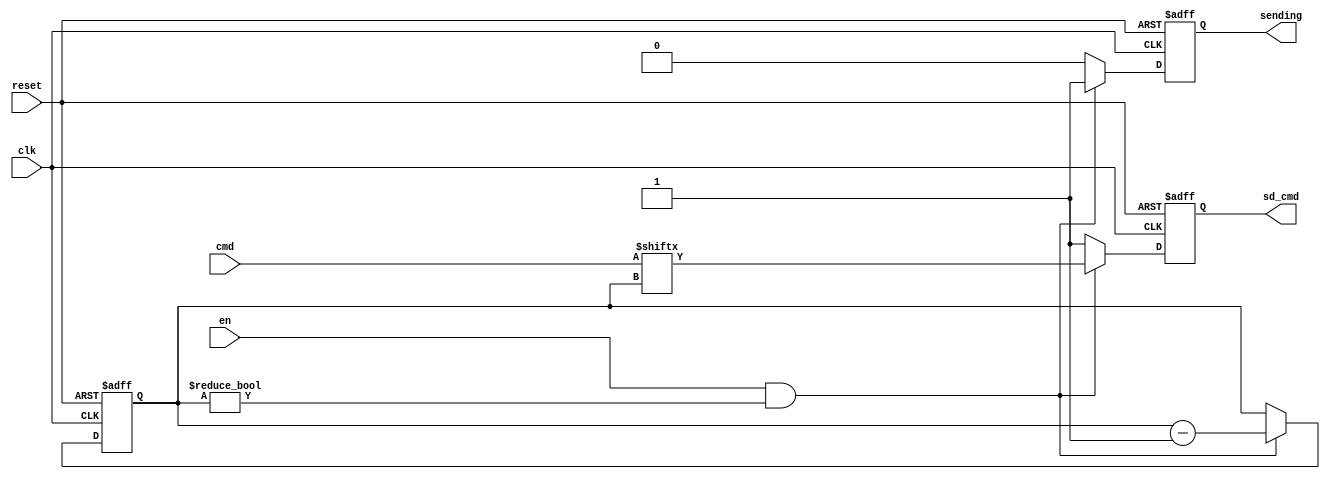
module sd_cmd_tx(clk, reset, en, sending, cmd, sd_cmd);
    input clk, reset, en;
    input [47:0] cmd;
    output reg sd_cmd, sending;

    reg [6:0] index;

    always @(posedge clk, posedge reset) begin
        if (reset) begin
            sd_cmd  <= 1'b1;
            index   <= 7'd47;
            sending <= 1'b0;
        end
        else begin
            // Sending
            if (en && index != 6'b0) begin
                sd_cmd  <= cmd[index];
                index   <= index - 1'b1;
                sending <= 1'b1;
            end
            // Keep cmd line high after sent
            else begin
                sd_cmd  <= 1'b1;
                index   <= index;
                sending <= 1'b0;
            end
        end
    end

endmodule